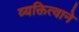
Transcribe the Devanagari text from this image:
व्यक्तित्वाने